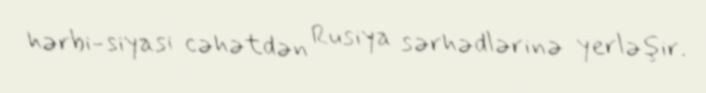
hərbi-siyasi cəhətdən Rusiya sərhədlərinə yerləşir.